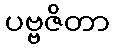
ပဗ္ဗဇိတာ